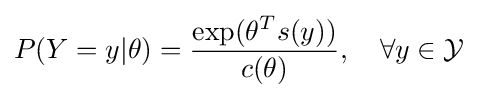
P(Y=y|\theta )={\frac {\exp(\theta ^{T}s(y))}{c(\theta )}},\quad \forall y\in {\mathcal {Y}}